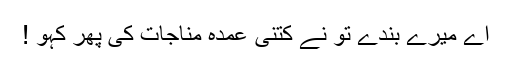
اے میرے بندے تو نے کتنی عمدہ مناجات کی پھر کہو !